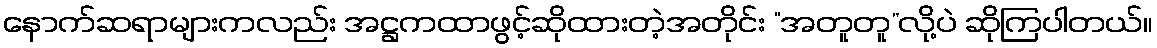
နောက်ဆရာများကလည်း အဋ္ဌကထာဖွင့်ဆိုထားတဲ့အတိုင်း “အတူတူ”လို့ပဲ ဆိုကြပါတယ်။